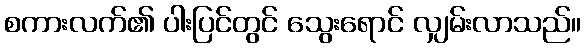
စကားလက်၏ ပါးပြင်တွင် သွေးရောင် လျှမ်းလာသည်။